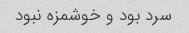
سرد بود و خوشمزه نبود